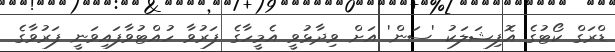
ޑްރަގް ކޯޓުގެ އޮފިޝަލަކު 'ސަން' އަށް ވިދާޅުވީ އެމީހާގެ ފަރުވާ ހުއްޓުވާފައިވަނީ ފަރުވާގެ